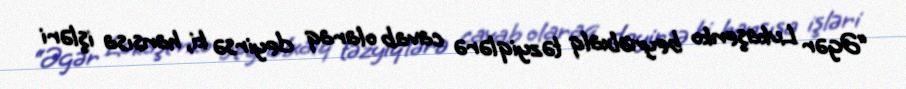
“Əgər Lukaşenko beynəlxalq təzyiqlərə cavab olaraq deyirsə ki, hansısa işləri